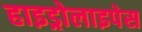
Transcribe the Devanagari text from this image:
हाइड्रोलाइपेस